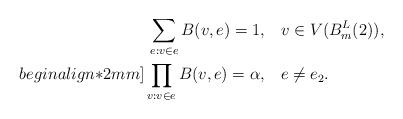
LaTeX: \begin{align*}\sum_{e:v\in e}B(v,e)=1, &~~~v\in V(B_m^L(2)),\\begin{align*}2mm]\prod_{v:v\in e}B(v,e)=\alpha, &~~~e\neq e_{2}.\end{align*}